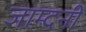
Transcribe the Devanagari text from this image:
जाम्दनी